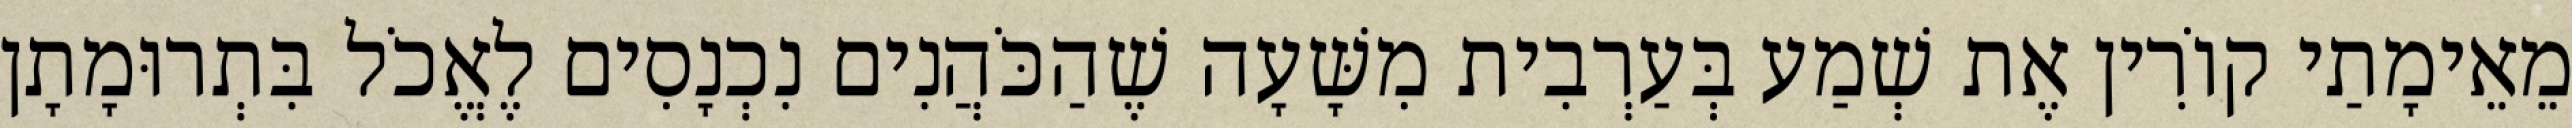
מֵאֵימָתַי קוֹרִין אֶת שְׁמַע בְּעַרְבִית מִשָּׁעָה שֶׁהַכֹּהֲנִים נִכְנָסִים לֶאֱכֹל בִּתְרוּמָתָן